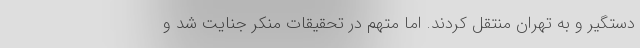
دستگیر و به تهران منتقل کردند. اما متهم در تحقیقات منکر جنایت شد و